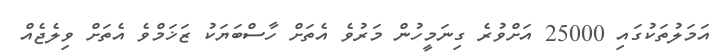
އަމަލުތަކުގައި 25000 އަށްވުރެ ގިނަމީހުން މަރުވެ އެތަށް ހާސްބަޔަކު ޒަޚަމްވެ އެތަށް ވިލެޖެއް